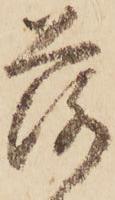
落